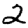
Digit: 2